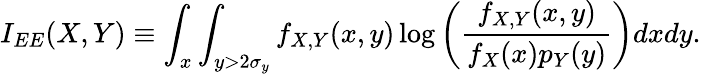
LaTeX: I_{EE}(X,Y)\equiv\int_{x}\int_{y>2\sigma_{y}}f_{X,Y}(x,y)\log\left(\frac{f_{X,Y}(x,y)}{f_{X}(x)p_{Y}(y)}\right)dxdy.